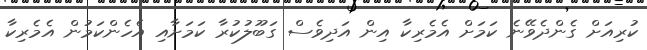
ކުރިއަށް ގެންދެވޭނެ ކަމަށް އެމެރިކާ އިން އަދިވެސް ގަބޫލުކުރާ ކަމަށާއި އެހެންކަމުން އެމެރިކާ